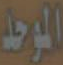
الموحد